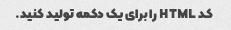
کد HTML را برای یک دکمه تولید کنید.